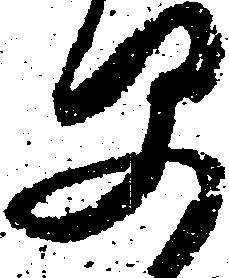
早